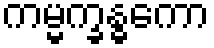
ကမ္မက္ခန္ဓကော